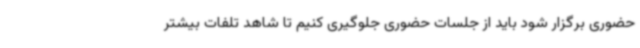
حضوری برگزار شود باید از جلسات حضوری جلوگیری کنیم تا شاهد تلفات بیشتر